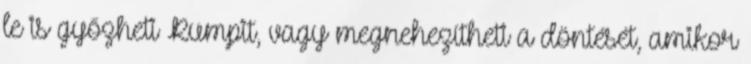
le is győzheti Rumpit, vagy megnehezítheti a döntését, amikor